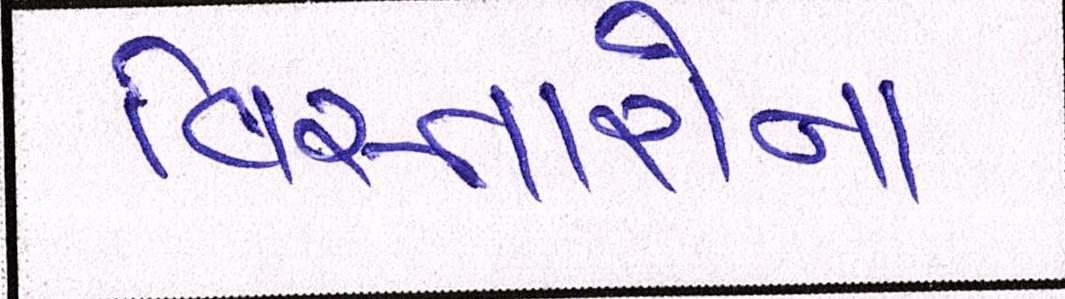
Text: વિસ્તારોના